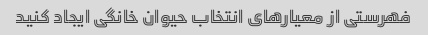
فهرستی از معیارهای انتخاب حیوان خانگی ایجاد کنید